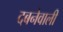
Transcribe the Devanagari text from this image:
दबनेवाली